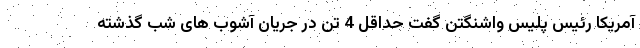
آمریکا رئیس پلیس واشنگتن گفت حداقل 4 تن در جریان آشوب های شب گذشته